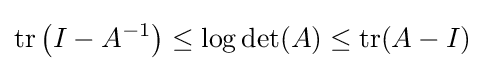
\operatorname {tr} \left(I-A^{-1}\right)\leq \log \det(A)\leq \operatorname {tr} (A-I)